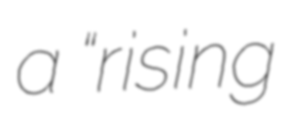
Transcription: a “rising